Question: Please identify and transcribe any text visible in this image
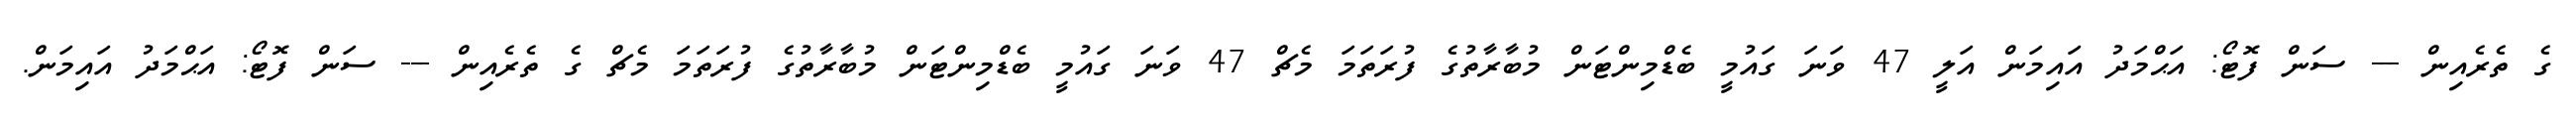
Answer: ގެ ތެރެއިން --- ސަން ފޮޓޯ: އަޙްމަދު އައިމަން އަލީ 47 ވަނަ ގައުމީ ބެޑްމިންޓަން މުބާރާތުގެ ފުރަތަމަ މެޗް 47 ވަނަ ގައުމީ ބެޑްމިންޓަން މުބާރާތުގެ ފުރަތަމަ މެޗް ގެ ތެރެއިން --- ސަން ފޮޓޯ: އަޙްމަދު އައިމަން.